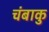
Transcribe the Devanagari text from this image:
चंबाकु